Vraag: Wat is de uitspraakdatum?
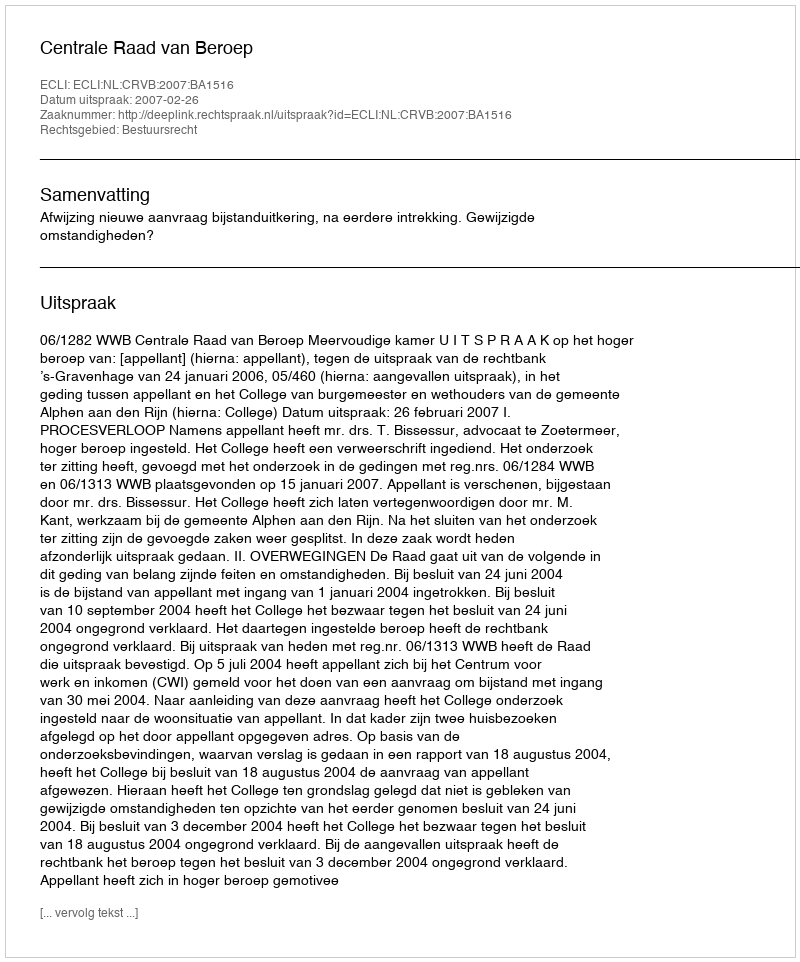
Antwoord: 2007-02-26